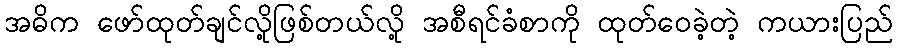
အဓိက ဖော်ထုတ်ချင်လို့ဖြစ်တယ်လို့ အစီရင်ခံစာကို ထုတ်ဝေခဲ့တဲ့ ကယားပြည်